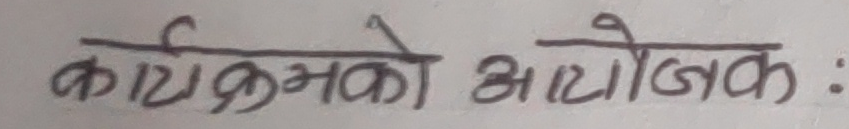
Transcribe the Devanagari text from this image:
कार्यक्रमको आयोजक :